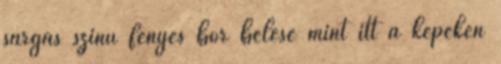
sárgás színű fényes bőr bélése mint itt a képeken